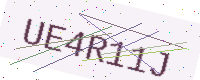
Text: UE4R11J